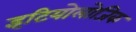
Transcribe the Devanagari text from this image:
इटियोलोजिक